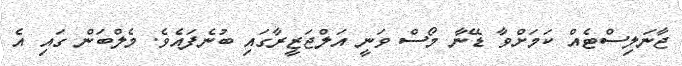
ޖާނަލިސްޓެއް ކަމަށްވާ ޑޭނާ މޯސް ވަނީ އަލްޖަޒީރާގައި ބުނެފައެވެ. މެލްބަން ގައި އެ